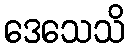
ဒေသေသိ